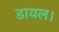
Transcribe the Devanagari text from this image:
डायल।